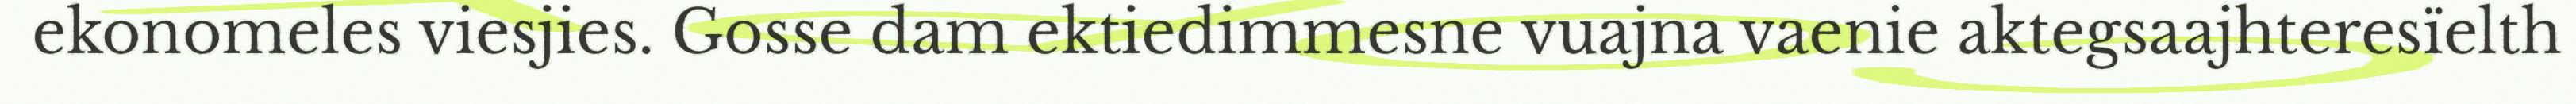
ekonomeles viesjies. Gosse dam ektiedimmesne vuajna vaenie aktegsaajhteresïelth